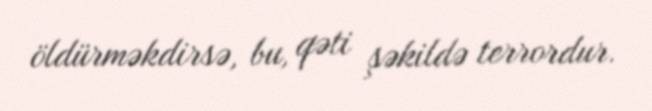
öldürməkdirsə, bu, qəti şəkildə terrordur.